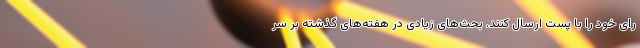
رای خود را با پست ارسال کنند. بحث‌های زیادی در هفته‌های گذشته بر سر